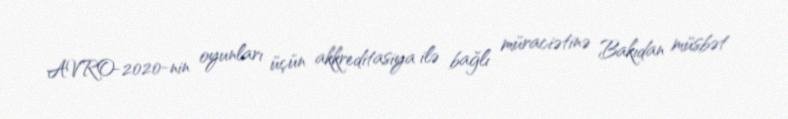
AVRO-2020-nin oyunları üçün akkreditasiya ilə bağlı müraciətinə Bakıdan müsbət